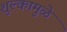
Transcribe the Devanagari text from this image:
शुल्कामुळे